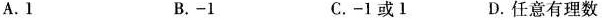
A. 1 B. -1 C. -1 或 1 D. 任意有理数